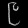
Digit: ၉